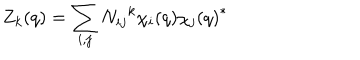
Z _ { k } ( q ) = \sum _ { i , j } N _ { i j } { } ^ { k } \chi _ { i } ( q ) { \chi _ { j } ( q ) } ^ { * }